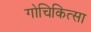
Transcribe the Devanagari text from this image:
गोचिकित्सा